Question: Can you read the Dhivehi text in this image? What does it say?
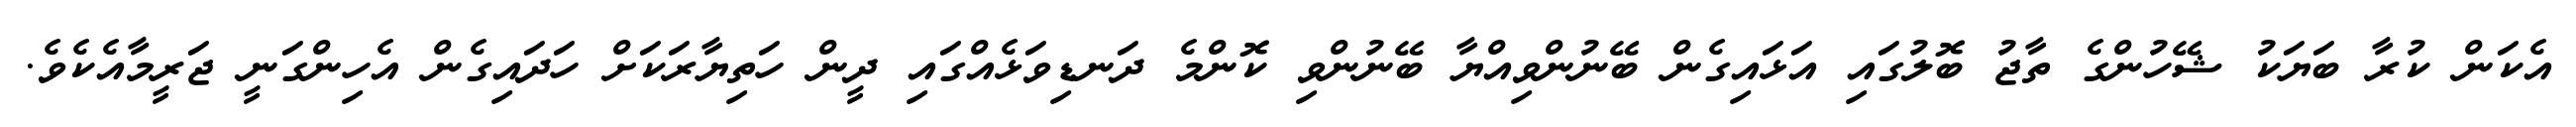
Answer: އެކަން ކުރާ ބަޔަކު ޝޭހުންގެ ތާޖު ބޮލުގައި އަޅައިގެން ބޭނުންވިއްޔާ ބޭނުންވި ކޮންމެ ދަނޑިވަޅެއްގައި ދީން ހަތިޔާރަކަށް ހަދައިގެން އެހިންގަނީ ޖަރީމާއެކެވެ.